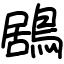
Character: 鶋